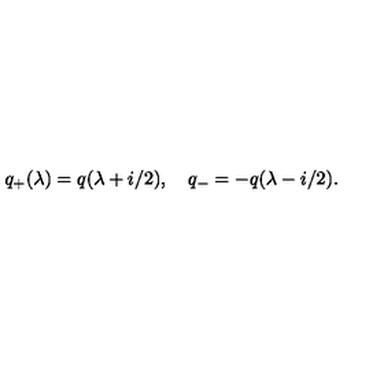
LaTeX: q _ { + } ( \lambda ) = q ( \lambda + i / 2 ) , \quad q _ { - } = - q ( \lambda - i / 2 ) .